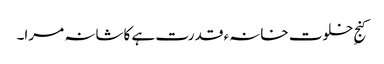
کنجِ خلوت خانہء قدرت ہے کاشانہ مرا۔